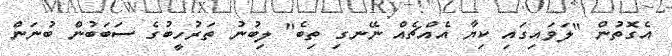
އެގޮތުން "ލަވައިގައި ކިޔާ އެއްޗެއް ނޭނގި ތިބެ" ލިބުނު ތަރުހީބުގެ ސަބަބުން ބުނަން